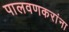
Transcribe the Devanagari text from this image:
पालवणकरांना